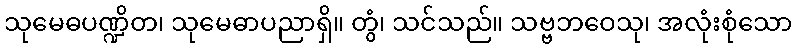
သုမေဓပဏ္ဍိတ၊ သုမေဓာပညာရှိ။ တွံ၊ သင်သည်။ သဗ္ဗဘဝေသု၊ အလုံးစုံသော